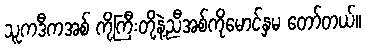
သူကဒီကအစ် ကိုကြီးတို့နဲ့ညီအစ်ကိုမောင်နှမ တော်တယ်။